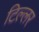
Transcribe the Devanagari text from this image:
टिल्लर